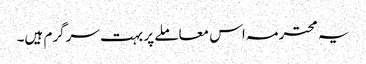
یہ محترمہ اس معاملے پر بہت سرگرم ہیں۔